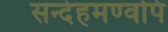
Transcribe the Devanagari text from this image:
सन्देहमण्वपि